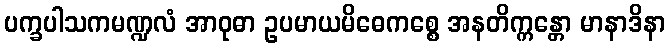
ပက္ခပါသကမဏ္ဍလံ အာဝုဓာ ဥပမာယမိဓေကစ္စေ အနတိက္ကန္တော မာနာဒိနာ